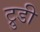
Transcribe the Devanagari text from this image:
ट्रुडी